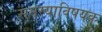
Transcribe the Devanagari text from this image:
समस्याविषयक